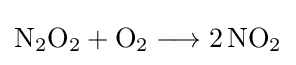
{\mathrm {N} {\vphantom {A}}_{\smash[{t}]{2}}\mathrm {O} {\vphantom {A}}_{\smash[{t}]{2}}{}+{}\mathrm {O} {\vphantom {A}}_{\smash[{t}]{2}}{}\mathrel {\longrightarrow } {}2\,\mathrm {NO} {\vphantom {A}}_{\smash[{t}]{2}}}